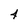
Character: 4